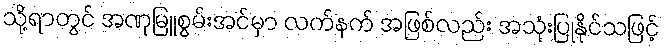
သို့ရာတွင် အဏုမြူစွမ်းအင်မှာ လက်နက် အဖြစ်လည်း အသုံးပြုနိုင်သဖြင့်